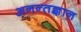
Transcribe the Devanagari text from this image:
अनन्तज्ञान